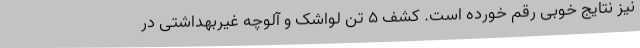
نیز نتایج خوبی رقم خورده است. کشف 5 تن لواشک و آلوچه غیربهداشتی در